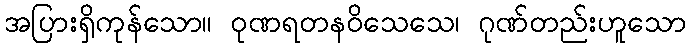
အပြားရှိကုန်သော။ ဝုဏရတနဝိသေသေ၊ ဂုဏ်တည်းဟူသော